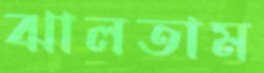
ঝালতাম